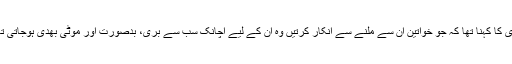
میری کا کہنا تھا کہ جو خواتین ان سے ملنے سے انکار کرتیں وہ ان کے لیے اچانک سب سے بری، بدصورت اور موٹی بھدی ہوجاتی تھیں۔